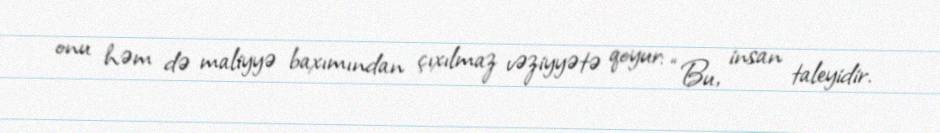
onu həm də maliyyə baxımından çıxılmaz vəziyyətə qoyur: “Bu, insan taleyidir.